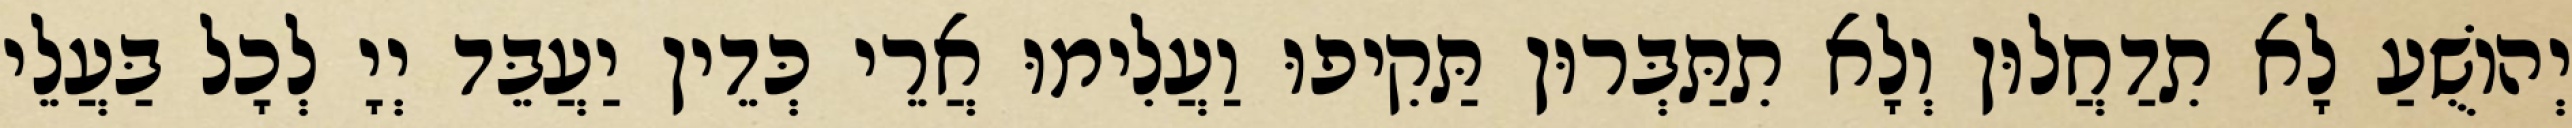
יְהוֹשֻׁעַ לָא תִדַחֲלוּן וְלָא תִתַּבְּרוּן תַּקִיפוּ וַעֲלִימוּ אֲרֵי כְּדֵין יַעֲבֵּד יְיָ לְכָל בַּעֲלֵי